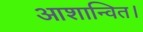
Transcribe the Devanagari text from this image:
आशान्वित।